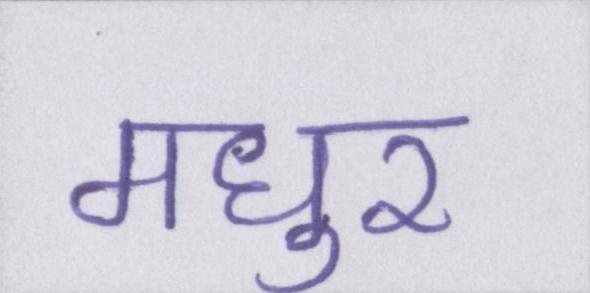
मधुर